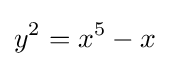
y^{2}=x^{5}-x